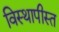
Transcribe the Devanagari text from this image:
विस्थापीस्त